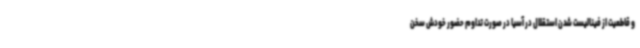
و قاطعیت از فینالیست شدن استقلال در آسیا در صورت تداوم حضور خودش سخن